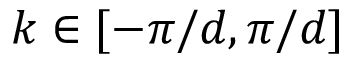
k \in [ - \pi / d , \pi / d ]